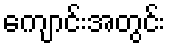
ကျောင်းအတွင်း